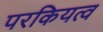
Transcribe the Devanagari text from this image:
परकियत्व